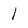
Character: I